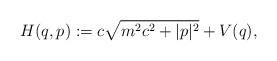
LaTeX: \begin{align*}H(q,p):=c\sqrt{m^2c^2+|p|^2}+V(q),\end{align*}